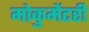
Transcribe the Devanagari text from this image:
मोकुमेंटरी